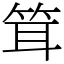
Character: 䇯